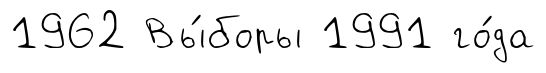
1962 Вы́боры 1991 го́да